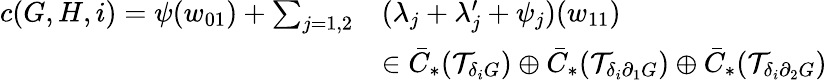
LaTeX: \begin{array}{rl}{c(G,H,i)=\psi(w_{01})+\sum_{j=1,2}}&{(\lambda_{j}+\lambda_{j}^{\prime}+\psi_{j})(w_{11})}\\ &{\in\bar{C}_{*}(\mathcal{T}_{\delta_{i}G})\oplus\bar{C}_{*}(\mathcal{T}_{\delta_{i}\partial_{1}G})\oplus\bar{C}_{*}(\mathcal{T}_{\delta_{i}\partial_{2}G})}\end{array}